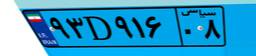
۹۳D۹۱۶۰۸